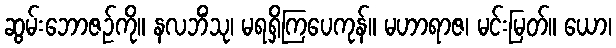
ဆွမ်းဘောဇဉ်ကို။ နလဘိံသု၊ မရရှိကြပေကုန်။ မဟာရာဇ၊ မင်းမြတ်။ ယော၊